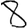
Digit: 8